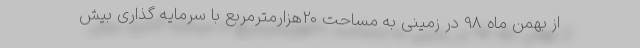
از بهمن ماه 98 در زمینی به مساحت 20هزارمترمربع با سرمایه گذاری بیش